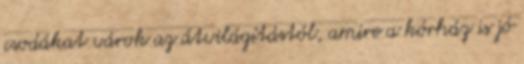
csodákat várok az átvilágítástól, amire a kórház is jó